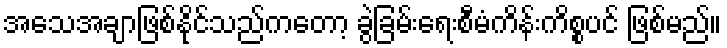
အသေအချာဖြစ်နိုင်သည်ကတော့ ခွဲခြမ်းရေးစီမံကိန်းကိစ္စပင် ဖြစ်မည်။